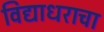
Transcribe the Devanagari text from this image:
विद्याधराचा